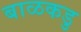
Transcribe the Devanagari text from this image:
बाळकडु